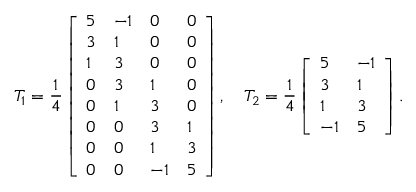
T _ { 1 } = \frac { 1 } { 4 } \left[ \begin{array} { l l l l } { 5 } & { - 1 } & { 0 } & { 0 } \\ { 3 } & { 1 } & { 0 } & { 0 } \\ { 1 } & { 3 } & { 0 } & { 0 } \\ { 0 } & { 3 } & { 1 } & { 0 } \\ { 0 } & { 1 } & { 3 } & { 0 } \\ { 0 } & { 0 } & { 3 } & { 1 } \\ { 0 } & { 0 } & { 1 } & { 3 } \\ { 0 } & { 0 } & { - 1 } & { 5 } \end{array} \right] , \quad T _ { 2 } = \frac { 1 } { 4 } \left[ \begin{array} { l l } { 5 } & { - 1 } \\ { 3 } & { 1 } \\ { 1 } & { 3 } \\ { - 1 } & { 5 } \end{array} \right] .